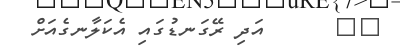
٤٠      އަދި ރޭގަނޑުގައި އެކަލާނގެއަށް